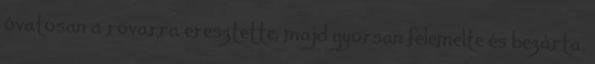
óvatosan a rovarra eresztette, majd gyorsan felemelte és bezárta.